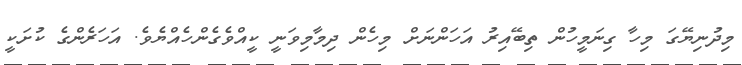
މިދުނިޔޭގަ މިހާ ގިނަމީހުން ތިބޭއިރު އަހަންނަށް މިހެން ދިމާމިވަނީ ކީއްވެގެންހެއްޔެވެ. އަހަރެންގެ ކުށަކީ